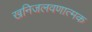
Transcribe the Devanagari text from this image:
खनिजलवणात्मक